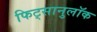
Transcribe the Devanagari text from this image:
फिट्सानुलॉक